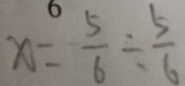
x = \frac { 5 } { 6 } \div \frac { 5 } { 6 }